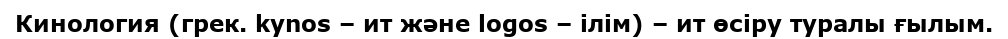
Кинология (грек. kynos – ит және logos – ілім) – ит өсіру туралы ғылым.